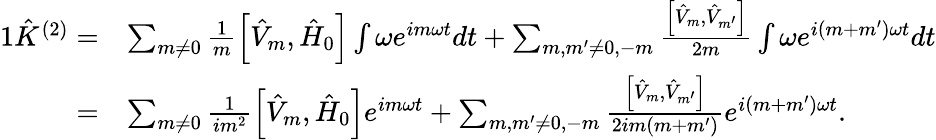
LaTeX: \begin{array}{rl}{{1}\hat{K}^{(2)}=}&{\sum_{m\neq 0}\frac{1}{m}\left[\hat{V}_{m},\hat{H}_{0}\right]\int\omega e^{im\omega t}dt+\sum_{m,m^{\prime}\neq 0,-m}\frac{\left[\hat{V}_{m},\hat{V}_{m^{\prime}}\right]}{2m}\int\omega e^{i(m+m^{\prime})\omega t}dt}\\ {=}&{\sum_{m\neq 0}\frac{1}{im^{2}}\left[\hat{V}_{m},\hat{H}_{0}\right]e^{im\omega t}+\sum_{m,m^{\prime}\neq 0,-m}\frac{\left[\hat{V}_{m},\hat{V}_{m^{\prime}}\right]}{2im(m+m^{\prime})}e^{i(m+m^{\prime})\omega t}.}\end{array}